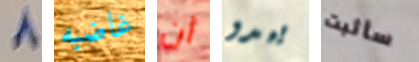
8 غاضبه أن يبدو سأثبت